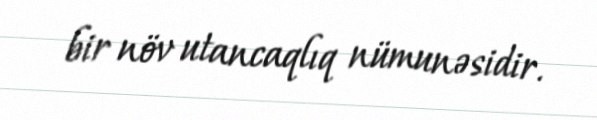
bir növ utancaqlıq nümunəsidir.